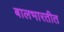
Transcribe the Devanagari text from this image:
बालभारतीत